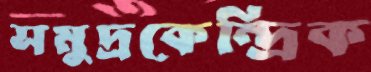
সমুদ্রকেন্দ্রিক